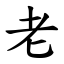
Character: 老